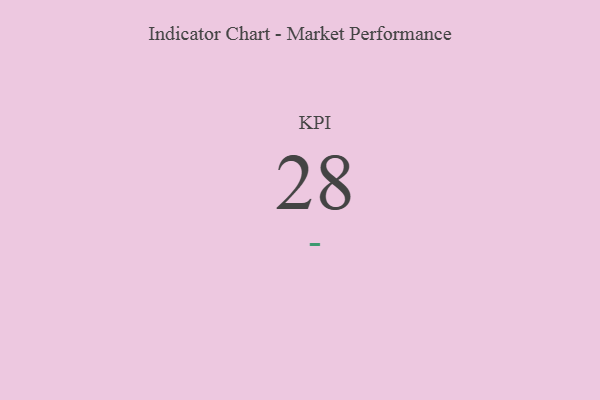
{"axis": {"x": "KPI", "y": "Value"}, "legend": [""], "data": [{"x": "KPI", "y": 28, "type": ""}]}